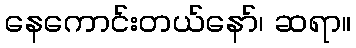
နေကောင်းတယ်နော်၊ ဆရာ။